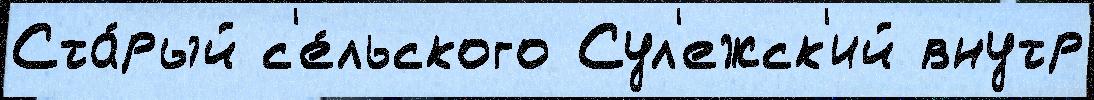
Ста́рый с'е́льского Сул'ежск'ий внутр